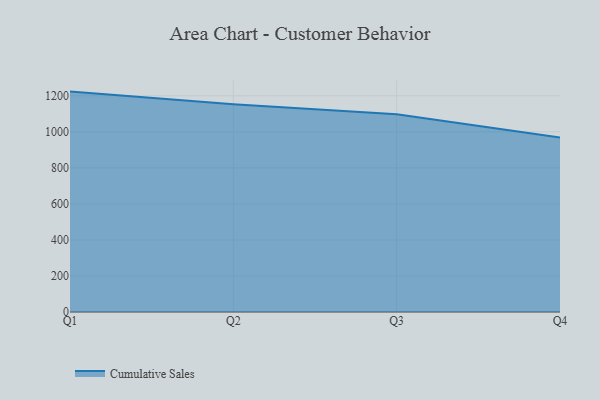
{"axis": {"x": "Quarter", "y": "Net Income (USD K)"}, "legend": ["Cumulative Sales"], "data": [{"x": "Q1", "y": 1223.4, "type": "Cumulative Sales"}, {"x": "Q2", "y": 1152.6, "type": "Cumulative Sales"}, {"x": "Q3", "y": 1097.6, "type": "Cumulative Sales"}, {"x": "Q4", "y": 968.4, "type": "Cumulative Sales"}]}